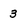
Character: 3